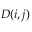
D ( i , j )